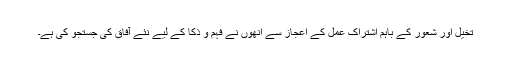
تخیل اور شعور کے باہم اشتراک عمل کے اعجاز سے انھوں نے فہم و ذکا کے لیے نئے آفاق کی جستجو کی ہے۔